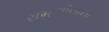
રામલીલાના